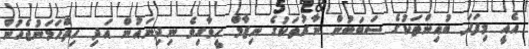
އެއީ މިފަދަ ބުއިންތަކުގެ ސަބަބުން ނާރުތަކުގެ ނިޒާމް ހީވާގިވެ ނިދިނައުން އަދި ހިތްހަމަނުޖެހުން